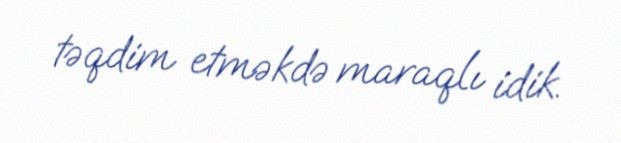
təqdim etməkdə maraqlı idik.